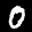
Label: 0